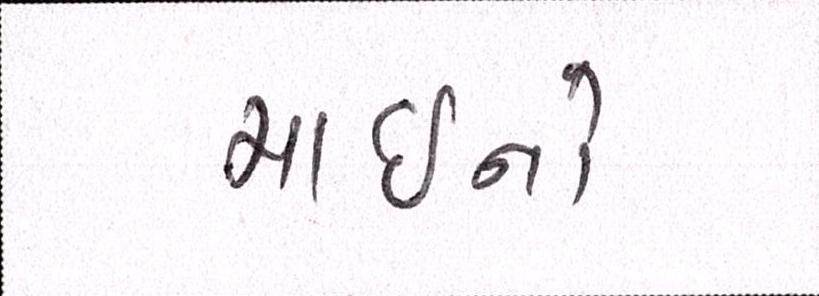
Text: માઇનો